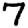
Digit: 7